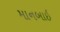
માનબાઇ